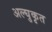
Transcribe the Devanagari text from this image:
अल्घुकृत